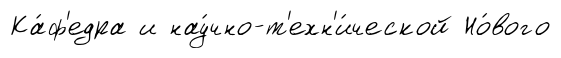
Ка́ф'едра и нау́чно-т'ехн'и́ческой Но́вого